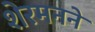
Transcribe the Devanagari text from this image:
शेरमनने